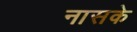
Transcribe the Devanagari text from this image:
नासके